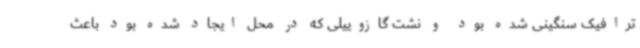
ترافیک سنگینی شده بود و نشت گازوییلی که در محل ایجاد شده بود باعث